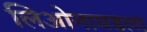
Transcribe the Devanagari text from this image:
लिओनायडला